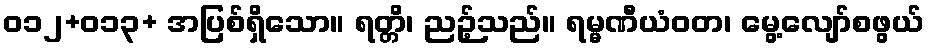
ဝ၁၂+ဝ၁၃+ အပြစ်ရှိသော။ ရတ္တိ၊ ညဉ့်သည်။ ရမ္မဏီယံဝတ၊ မွေ့လျော်စဖွယ်